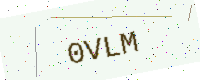
Text: 0VLM